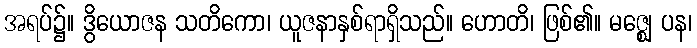
အရပ်၌။ ဒွိယောဇန သတိကော၊ ယူဇနာနှစ်ရာရှိသည်။ ဟောတိ၊ ဖြစ်၏။ မဇ္ဈေ ပန၊